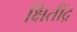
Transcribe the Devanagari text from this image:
क्षितींद्र